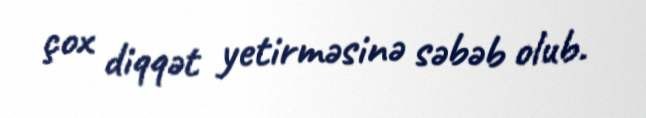
çox diqqət yetirməsinə səbəb olub.